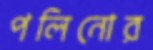
পলিনোর